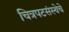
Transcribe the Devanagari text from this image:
चित्रपटसंस्थेचे